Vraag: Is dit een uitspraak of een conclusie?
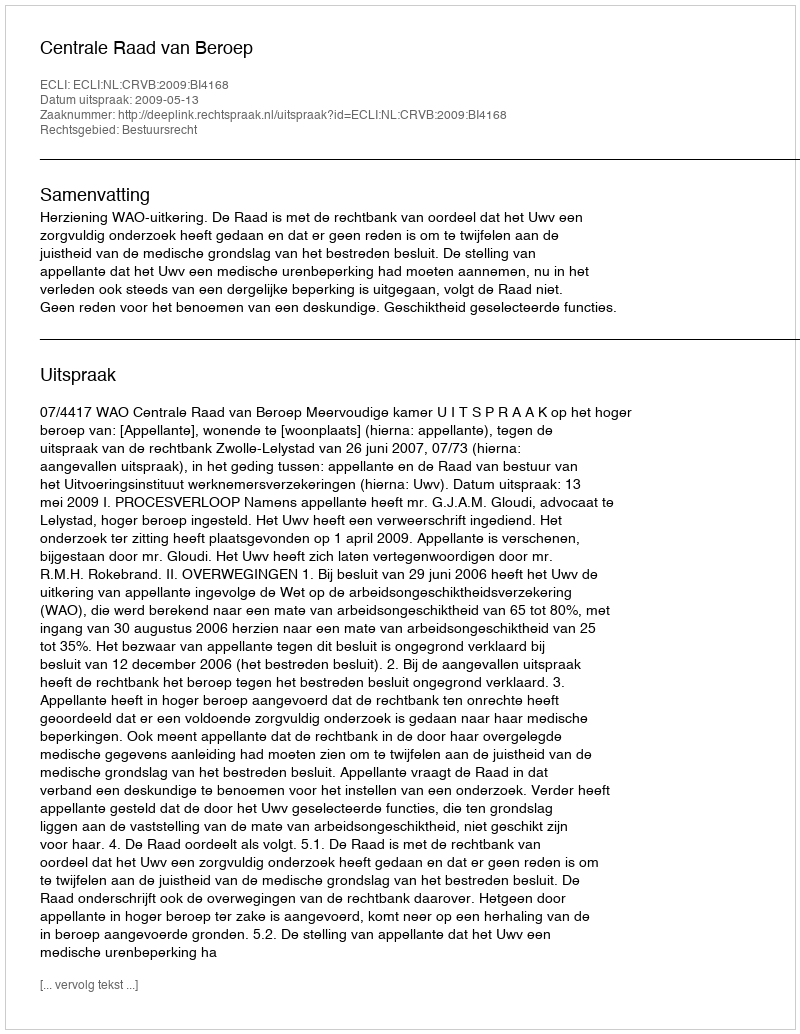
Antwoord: Uitspraak